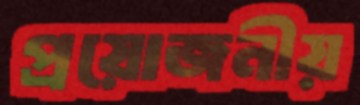
প্রয়োজনীয়